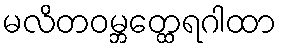
မလိတဝမ္ဘတ္ထေရဂါထာ